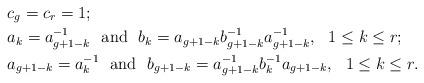
LaTeX: \begin{align*}&c_g=c_r=1; \\&a_k=a_{g+1-k}^{-1} \ \ \mathrm{and} \ \ b_k=a_{g+1-k}b_{g+1-k}^{-1}a_{g+1-k}^{-1}, \ \ 1\leq k\leq r; \\ &a_{g+1-k}=a_k^{-1} \ \ \mathrm{and} \ \ b_{g+1-k}=a_{g+1-k}^{-1}b_k^{-1}a_{g+1-k}, \ \ 1\leq k\leq r. \end{align*}